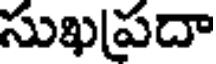
సుఖప్రదా